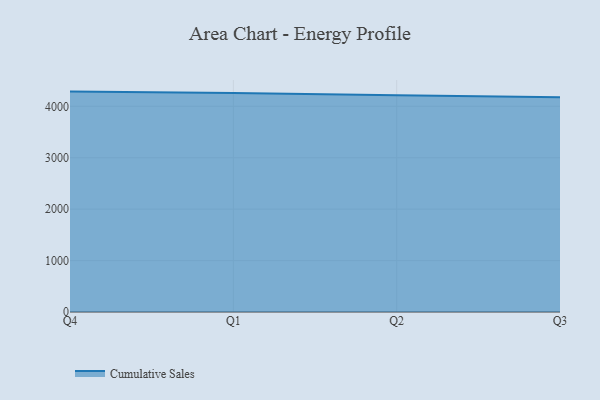
{"axis": {"x": "Quarter", "y": "Temperature (°C)"}, "legend": ["Cumulative Sales"], "data": [{"x": "Q4", "y": 4286.0, "type": "Cumulative Sales"}, {"x": "Q1", "y": 4261.1, "type": "Cumulative Sales"}, {"x": "Q2", "y": 4213.8, "type": "Cumulative Sales"}, {"x": "Q3", "y": 4173.8, "type": "Cumulative Sales"}]}